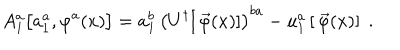
LaTeX: A _ { 1 } ^ { a } \big [ a _ { 1 } ^ { a } , \varphi ^ { a } ( x ) \big ] = a _ { 1 } ^ { b } \, \left( U ^ { \dagger } [ \, \vec { \varphi } ( x ) ] \right) ^ { b a } - u _ { 1 } ^ { a } \left[ \, \vec { \varphi } ( x ) \right] \; .